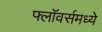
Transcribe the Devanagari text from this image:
फ्लॉवर्समध्ये